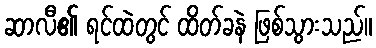
ဆာလီ၏ ရင်ထဲတွင် ထိတ်ခနဲ ဖြစ်သွားသည်။